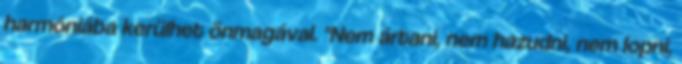
harmóniába kerülhet önmagával. "Nem ártani, nem hazudni, nem lopni,